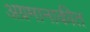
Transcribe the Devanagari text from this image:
अग्रमानाकीत